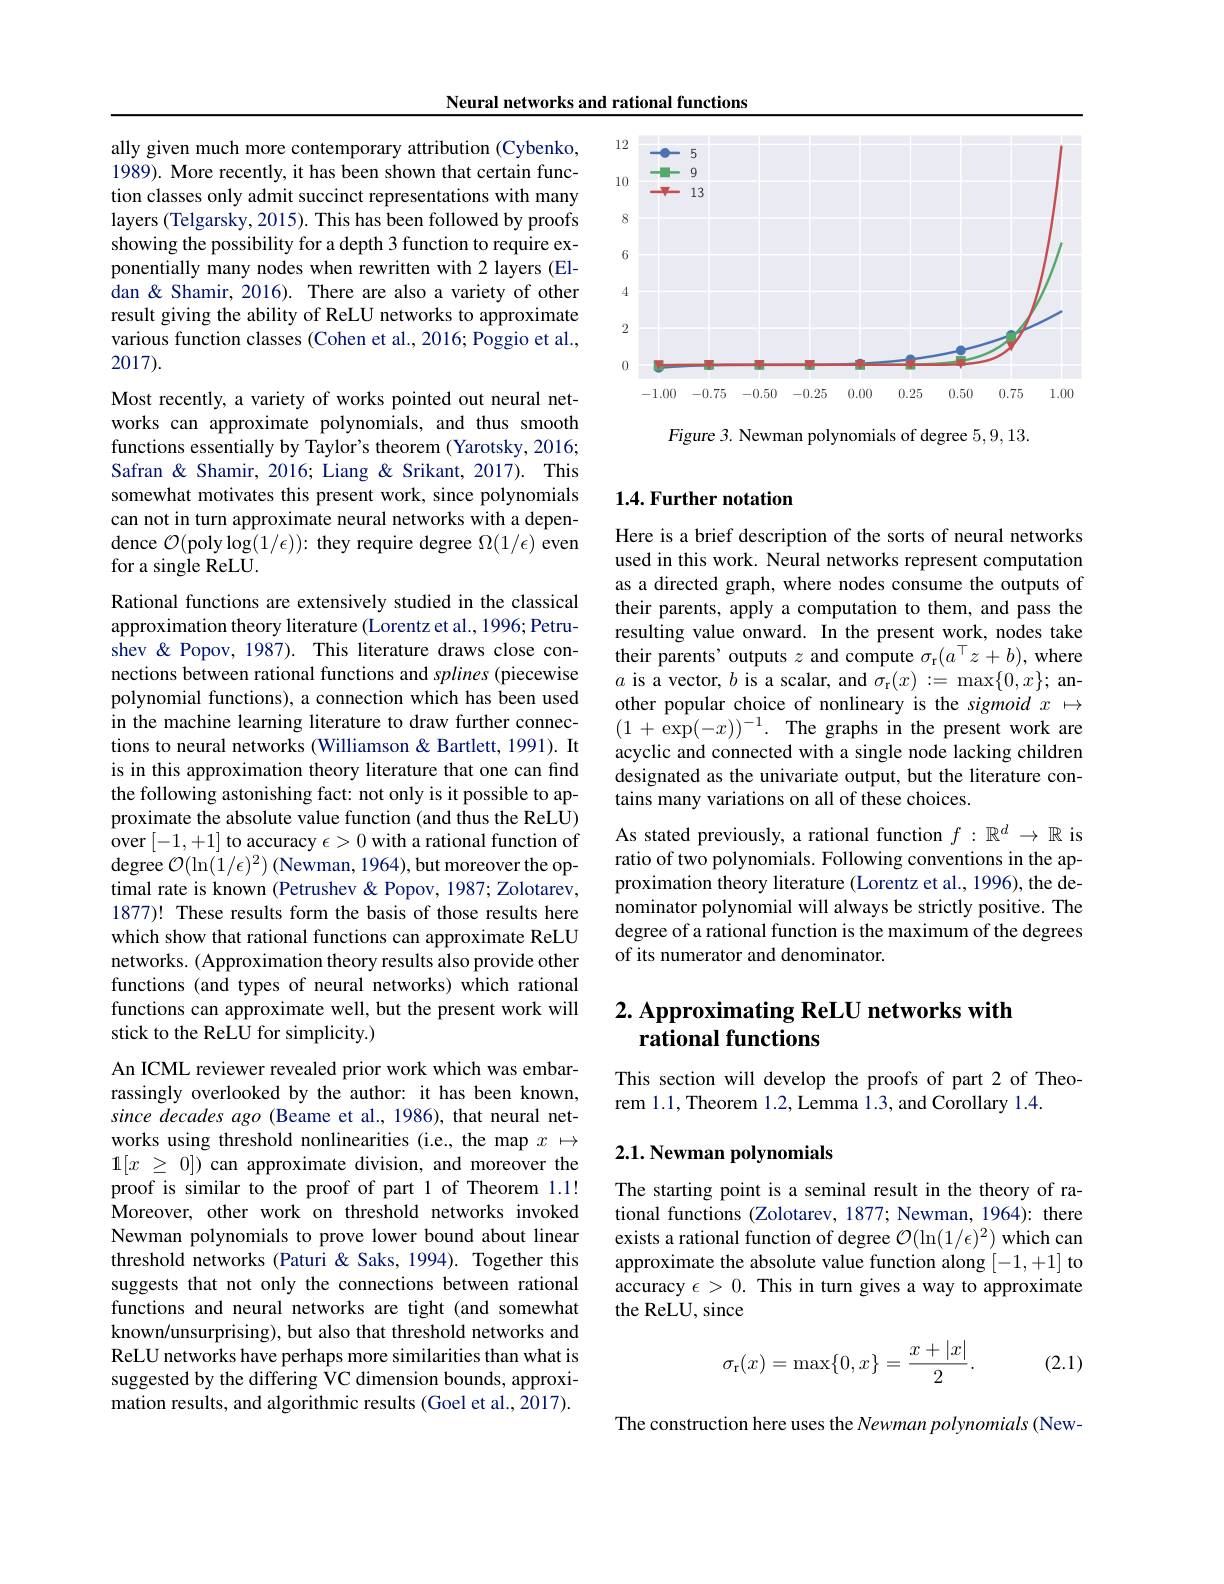
Neural networks and rational functions

ally given much more contemporary attribution (Cybenko,

1989). More recently, it has been shown that certain func-

tion classes only admit succinct representations with many

layers (Telgarsky, 2015). This has been followed by proofs

showing the possibility for a depth 3 function to require ex-

ponentially many nodes when rewritten with 2 layers (El-

dan & Shamir, 2016). There are also a variety of other

result giving the ability of ReLU networks to approximate

various function classes (Cohen et al., 2016; Poggio et al.,

2017).
Most recently, a variety of works pointed out neural networks can approximate polynomials, and thus smooth functions essentially by Taylor's theorem (Yarotsky, 2016; Safran & Shamir, 2016; Liang & Srikant, 2017). This somewhat motivates this present work, since polynomials can not in turn approximate neural networks with a dependence $\mathcal{O}($poly$\log(1/\epsilon)):$ they require degree $\Omega(1/\epsilon)$ even for a single ReLU.
Rational functions are extensively studied in the classical approximation theory literature (Lorentz et al., 1996; Petrushev & Popov, 1987). This literature draws close connections between rational functions and splines (piecewise polynomial functions), a connection which has been used in the machine learning literature to draw further connections to neural networks (Williamson & Bartlett, 1991). It is in this approximation theory literature that one can find the following astonishing fact: not only is it possible to approximate the absolute value function (and thus the ReL$\hat{\mathrm{U}})$ over [-1,+1] to accuracy $\epsilon>0$ with a rational function of $\operatorname{degree}\mathcal{O}(\ln(1/\epsilon)^{2})$ (Newman, 1964), but moreover the optimal rate is known (Petrushev & Popov, 1987; Zolotarev, 1877)! These results form the basis of those results here which show that rational functions can approximate ReLU networks. ( Approximation theory results also provide other functions (and types of neural networks) which rational functions can approximate well, but the present work will stick to the ReLU for simplicity.)
An ICML reviewer revealed prior work which was embarrassingly overlooked by the author: it has been known, since decades ago (Beame et al., 1986), that neural networks using threshold nonlinearities (i.e., the map $x\mapsto$ $1[ x$ $\geq$ 0])can approximate division, and moreover the proof is similar to the proof of part 1 of Theorem 1.1! Moreover, other work on threshold networks invoked Newman polynomials to prove lower bound about linear

threshold networks (Paturi &Saks, 1994). Together this suggests that not only the connections between rational functions and neural networks are tight (and somewhat known/unsurprising), but also that threshold networks and ReLU networks have perhaps more similarities than what is suggested by the differing VC dimension bounds, approximation results, and algorithmic results (Goel et al., 2017).

<FigureHere>

Figure 3. Newman polynomials of degree 5,9,13.

## $1. 4. \textbf{Further notation}$

Here is a brief description of the sorts of neural networks used in this work. Neural networks represent computation as a directed graph, where nodes consume the outputs of their parents, apply a computation to them, and pass the resulting value onward. In the present work, nodes take their parents' outputs $z$ and compute $\sigma_\mathrm{r}(a^\top z+b)$, where $a$ is a vector, $b$ is a scalar, and $\sigma_{\mathrm{r}}(x):=\max\{0,x\};$ another popular choice of nonlineary is the sigmoid $x\mapsto$ $( 1+ \bar {\exp ( - x) }) ^{- 1}.$ The graphs in the present work are acyclic and connected with a single node lacking children designated as the univariate output, but the literature contains many variations on all of these choices.
As stated previously, a rational function $f:\mathbb{R}^d\to\mathbb{R}$ is ratio of two polynomials. Following conventions in the approximation theory literature (Lorentz et al., 1996), the denominator polynomial will always be strictly positive. The degree of a rational function is the maximum of the degrees of its numerator and denominator.

# 2. Approximating ReLU networks with rational functions

This section will develop the proofs of part 2 of Theo-
rem 1.1, Theorem 1.2, Lemma 1.3, and Corollary 1.4.

## $2. 1. \textbf{ Newman polynomials}$

The starting point is a seminal result in the theory of rational functions (Zolotarev, 1877; Newman, 1964): there exists a rational function of degree $\mathcal{O}(\ln(1/\epsilon)^2)$ which can approximate the absolute value function along [-1,+1] to accuracy $\epsilon>0.$ This in turn gives a way to approximate the ReLU, since

(2.1)
$$\sigma_\mathrm{r}(x)=\max\{0,x\}=\frac{x+|x|}{2}.$$
The construction here uses the Newman polynomials (New-